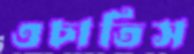
ওচাতিস